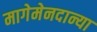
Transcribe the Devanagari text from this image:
मागेमेनदान्या